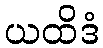
ယထိဒံ